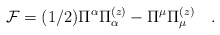
\begin{align*}{\cal F}=(1/2)\Pi^\alpha\Pi_\alpha^{(z)}-\Pi^\mu\Pi_\mu^{(z)}\quad.\end{align*}